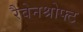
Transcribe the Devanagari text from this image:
रैवेनश्रोफ्ट